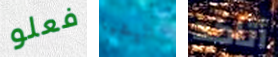
فعلو اليشيا أتاكد